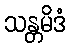
သန္တမိဒံ